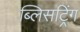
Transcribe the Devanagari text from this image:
ब्लिसट्रिंग